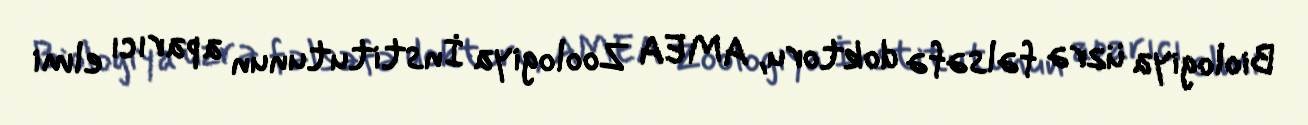
Biologiya üzrə fəlsəfə doktoru, AMEA Zoologiya İnstitutunun aparıcı elmi